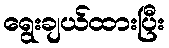
ရွေးချယ်ထားပြီး